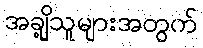
အချို့သူများအတွက်